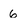
Character: 6